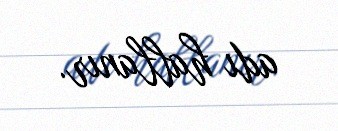
adı hallanır.